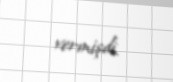
vermişdi.